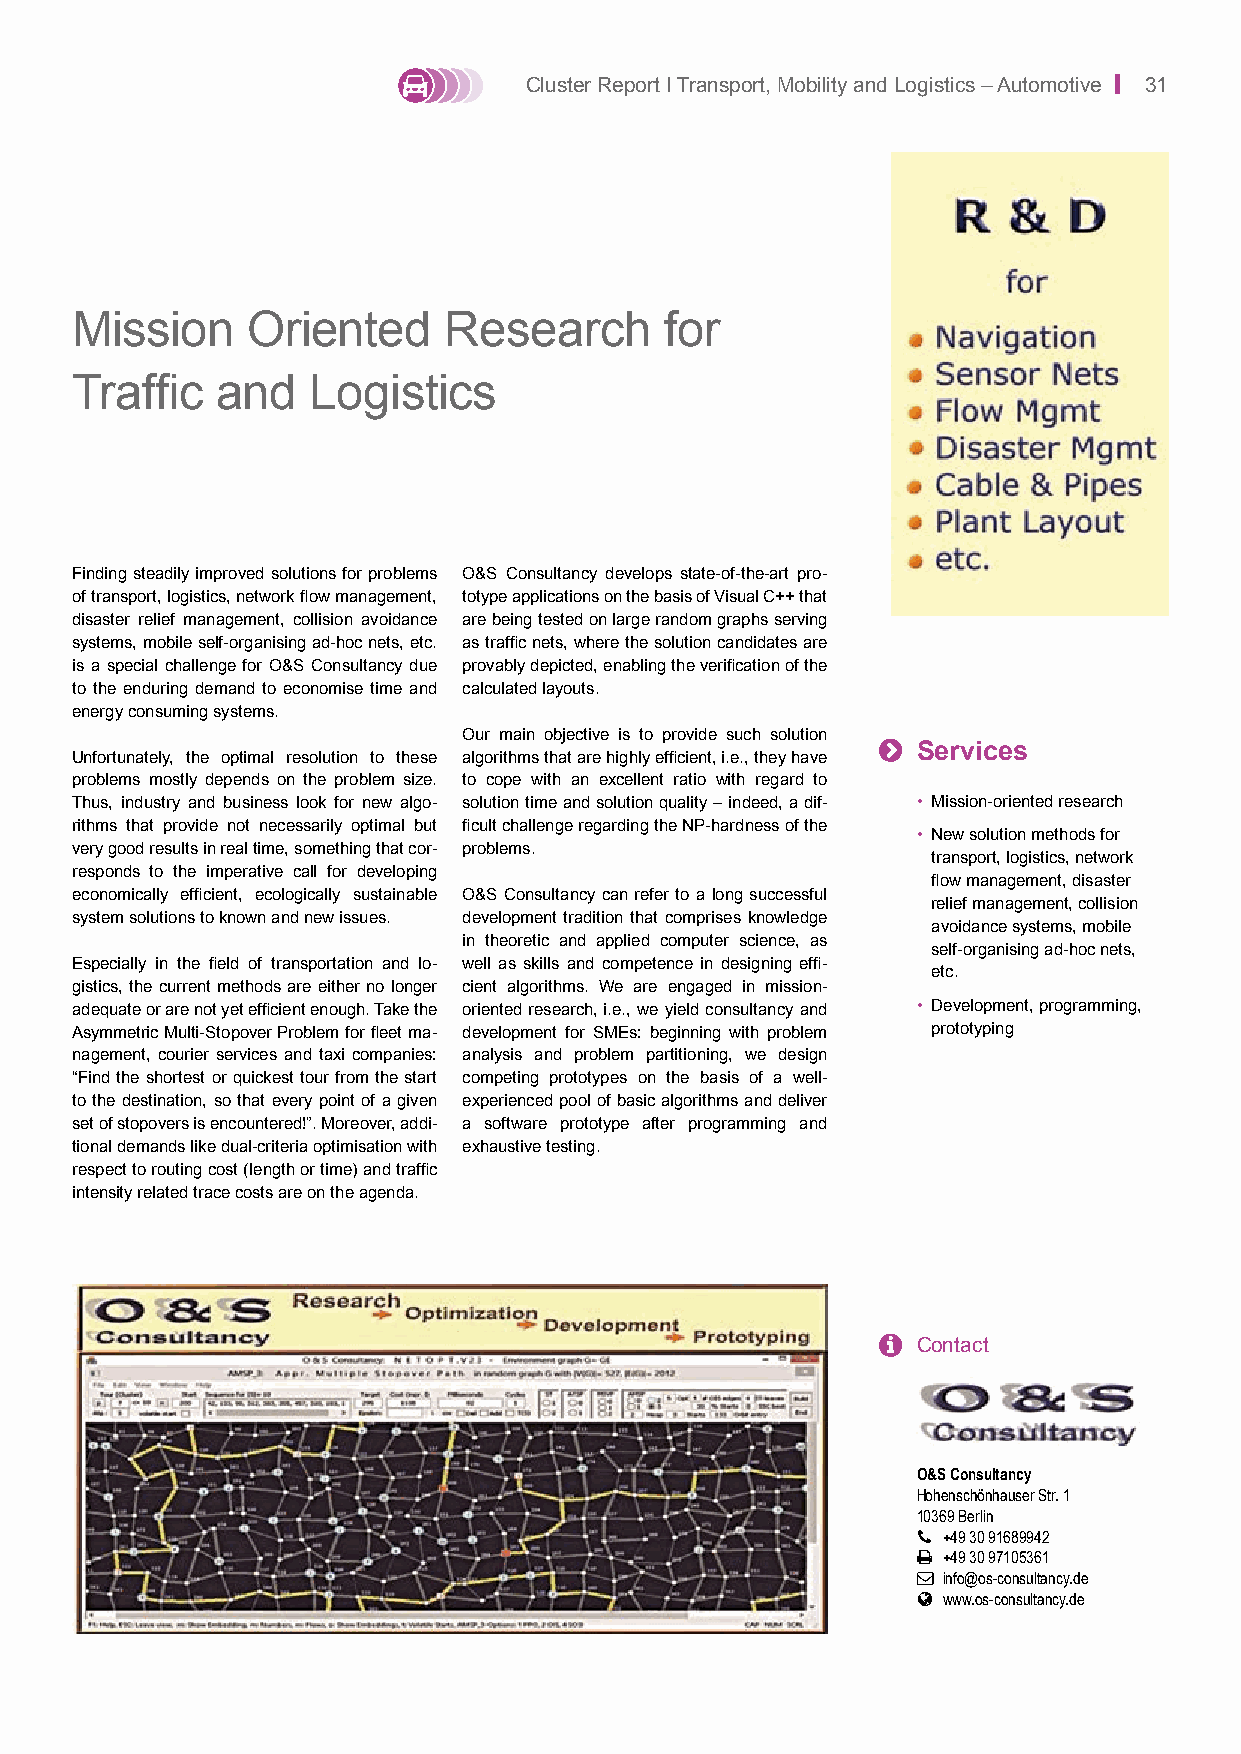
Cluster Report I Transport, Mobility and Logistics – Automotive | 31
 Mission    Oriented     Research       for
 Traffic  and    Logistics
 Finding steadily improved solutions for problems O&S Consultancy develops state-of-the-art pro-
 of transport, logistics, network flow management, totype applications on the basis of Visual C++ that
 disaster relief management, collision avoidance are being tested on large random graphs serving
 systems, mobile self-organising ad-hoc nets, etc. as traffic nets, where the solution candidates are
 is a special challenge for O&S Consultancy due provably depicted, enabling the verification of the
 to the enduring demand to economise time and calculated layouts.
 energy consuming systems.
 Our main objective is to provide such solution
 
 Services
 Unfortunately, the optimal resolution to these algorithms that are highly efficient, i.e., they have
 problems mostly depends on the problem size. to cope with an excellent ratio with regard to
 Thus, industry and business look for new algo- solution time and solution quality – indeed, a dif- • Mission-oriented research
 rithms that provide not necessarily optimal but ficult challenge regarding the NP-hardness of the
 • New solution methods for
 very good results in real time, something that cor- problems.
 transport, logistics, network
 responds to the imperative call for developing
 flow management, disaster
 economically efficient, ecologically sustainable O&S Consultancy can refer to a long successful
 relief management, collision
 system solutions to known and new issues. development tradition that comprises knowledge
 avoidance systems, mobile
 in theoretic and applied computer science, as
 self-organising ad-hoc nets,
 Especially in the field of transportation and lo- well as skills and compe tence in designing effi-
 etc.
 gistics, the current methods are either no longer cient algorithms. We are engaged in mission-
 adequate or are not yet efficient enough. Take the oriented research, i.e., we yield consultancy and • Development, programming,
 Asymmetric Multi-Stopover Problem for fleet ma- development for SMEs: beginning with problem prototyping
 nagement, courier services and taxi companies: analysis and problem partitioning, we design
 “Find the shortest or quickest tour from the start competing prototypes on the basis of a well-
 to the destination, so that every point of a given experienced pool of basic algorithms and deliver
 set of stopovers is encountered!”. Moreover, addi- a software prototype after programming and
 tional demands like dual-criteria optimisation with exhaustive testing.
 respect to routing cost (length or time) and traffic
 intensity related trace costs are on the agenda.
   Contact
 O&S Consultancy
 Hohenschönhauser Str. 1
 10369 Berlin
  +49 30 91689942
  +49 30 97105361
  info@os-consultancy.de
  www.os-consultancy.de